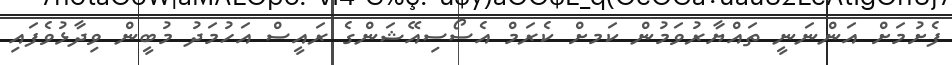
ފެށުމަށް އަންނަނީ ތައްޔާރުވަމުން ކަމށް ކެރަމް އެސޯސިއޭޝަންގެ ރައީސް އަހުމަދު މުބީން ވިދާޅުވެފައި